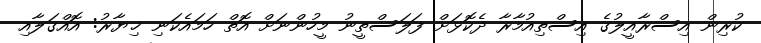
ކުރިން އިސްރާއީލުގެ އިސްތިއުމާރާ ދެކޮޅަށް ފަލަސްތީނު މީހުންނަށް އޮތް ހަމައެކަނި ޚިޔާރު: އޮއްގަލާއި